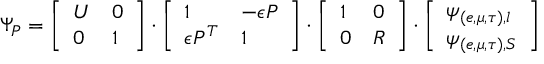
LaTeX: \Psi _ { P } = \left[ \begin{array} { l l } { { U } } & { { 0 } } \\ { { 0 } } & { { 1 } } \end{array} \right] \cdot \left[ \begin{array} { l l } { { 1 } } & { { - \epsilon P } } \\ { { \epsilon P ^ { T } } } & { { 1 } } \end{array} \right] \cdot \left[ \begin{array} { l l } { { 1 } } & { { 0 } } \\ { { 0 } } & { { R } } \end{array} \right] \cdot \left[ \begin{array} { l } { { \psi _ { ( e , \mu , \tau ) , l } } } \\ { { \psi _ { ( e , \mu , \tau ) , S } } } \end{array} \right]